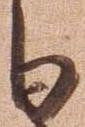
日